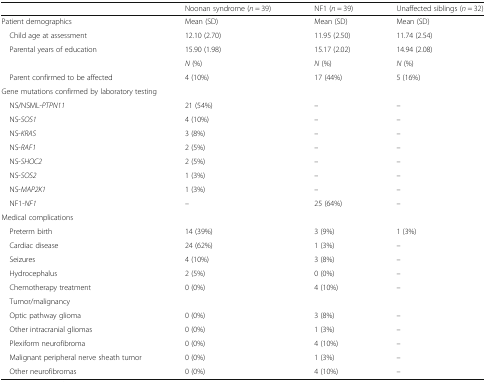
|  | Noonan syndrome (n = 39) | NF1 (n = 39) | Unaffected siblings (n = 32) |
 | --- | --- | --- | --- |
 | Patient demographics | Mean (SD) | Mean (SD) | Mean (SD) |
 | Child age at assessment | 12.10 (2.70) | 11.95 (2.50) | 11.74 (2.54) |
 | Parental years of education | 15.90 (1.98) | 15.17 (2.02) | 14.94 (2.08) |
 |  | N (%) | N (%) | N (%) |
 | Parent confirmed to be affected | 4 (10%) | 17 (44%) | 5 (16%) |
 | <COLSPAN=4> Gene mutations confirmed by laboratory testing |
 | NS/NSML-PTPN11 | 21 (54%) | – | – |
 | NS-SOS1 | 4 (10%) | – | – |
 | NS-KRAS | 3 (8%) | – | – |
 | NS-RAF1 | 2 (5%) | – | – |
 | NS-SHOC2 | 2 (5%) | – | – |
 | NS-SOS2 | 1 (3%) | – | – |
 | NS-MAP2K1 | 1 (3%) | – | – |
 | NF1-NF1 | – | 25 (64%) | – |
 | <COLSPAN=4> Medical complications |
 | Preterm birth | 14 (39%) | 3 (9%) | 1 (3%) |
 | Cardiac disease | 24 (62%) | 1 (3%) | – |
 | Seizures | 4 (10%) | 3 (8%) | – |
 | Hydrocephalus | 2 (5%) | 0 (0%) | – |
 | Chemotherapy treatment | 0 (0%) | 4 (10%) | – |
 | <COLSPAN=4> Tumor/malignancy |
 | Optic pathway glioma | 0 (0%) | 3 (8%) | – |
 | Other intracranial gliomas | 0 (0%) | 1 (3%) | – |
 | Plexiform neurofibroma | 0 (0%) | 4 (10%) | – |
 | Malignant peripheral nerve sheath tumor | 0 (0%) | 1 (3%) | – |
 | Other neurofibromas | 0 (0%) | 4 (10%) | – |